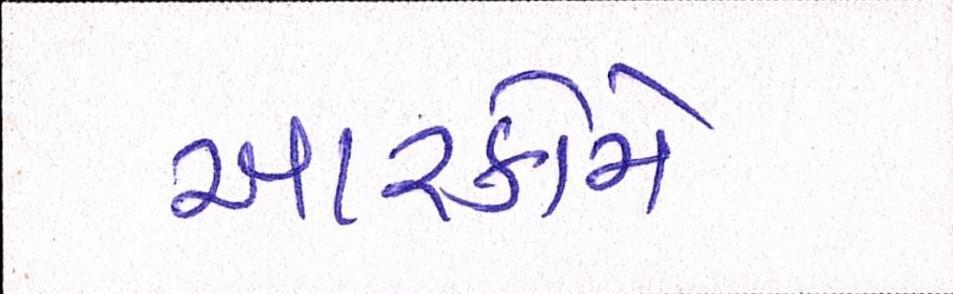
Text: આરકોમે